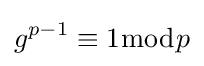
g^{p-1}\equiv 1{\bmod {p}}